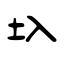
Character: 圦